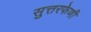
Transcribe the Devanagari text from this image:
सुत्तरफेणी